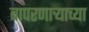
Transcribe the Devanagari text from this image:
बापरणार्‍याच्या